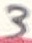
Text: 3